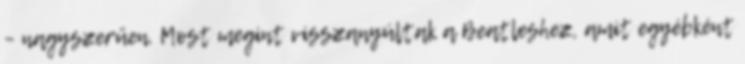
– nagyszerűen. Most megint visszanyúltak a Beatleshez, amit egyébként